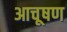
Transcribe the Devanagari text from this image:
आचूषण